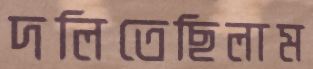
দলিতেছিলাম